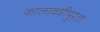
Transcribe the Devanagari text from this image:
कालावधीपुरता